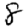
Digit: 8